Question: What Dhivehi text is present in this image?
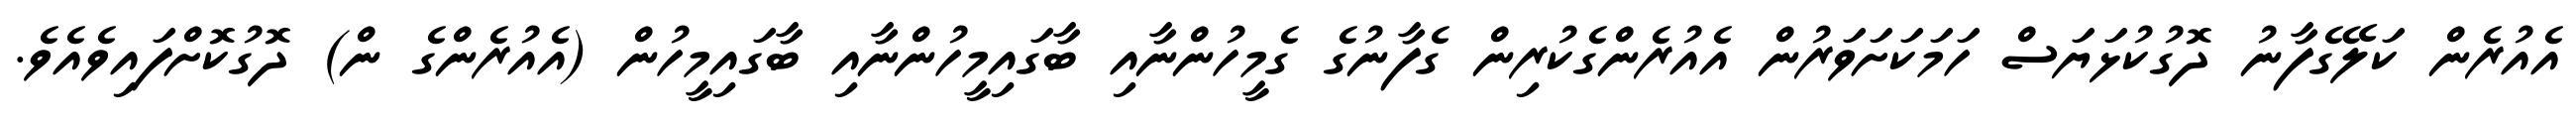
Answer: އެއުރެން ކަލޭގެފާނު ދޮގުކުޅަޔަސް ހަމަކަށަވަރުން އެއުރެންގެކުރިން ގެފާނުގެ ގެމީހުންނާއި ބާގައިމީހުންނާއި ބާގައިމީހުން (އެއުރެންގެ ން) ދޮގުކޮށްފައިވެއެވެ.